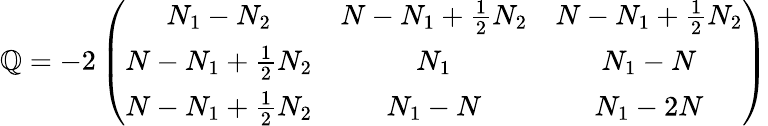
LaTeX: \mathbb{Q}=-2\left(\begin{array}{ccc}{{N_{1}-N_{2}}}&{{N-N_{1}+\frac 12N_{2}}}&{{N-N_{1}+\frac 12N_{2}}}\\ {{N-N_{1}+\frac 12N_{2}}}&{{N_{1}}}&{{N_{1}-N}}\\ {{N-N_{1}+\frac 12N_{2}}}&{{N_{1}-N}}&{{N_{1}-2N}}\end{array}\right)